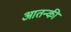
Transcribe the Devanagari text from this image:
आतन्की